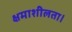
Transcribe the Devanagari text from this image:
क्षमाशीलता।